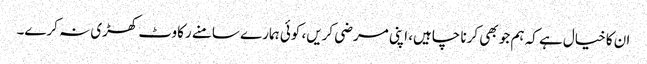
ان کا خیال ہے کہ ہم جو بھی کرنا چاہیں، اپنی مرضی کریں، کوئی ہمارے سامنے رکاوٹ کھڑی نہ کرے۔